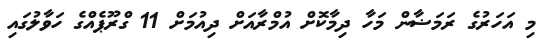
މި އަހަރުގެ ރަމަޟާން މަހާ ދިމާކޮށް އުމްރާއަށް ދިއުމަށް 11 ގްރޫޕެއްގެ ހަވާލުގައި